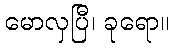
မောလှပြီ၊ ခုရော။